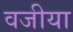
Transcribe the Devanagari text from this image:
वजीया